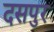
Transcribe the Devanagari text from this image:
दसपुर